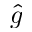
\hat { g }